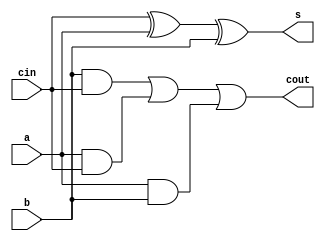
module FullAdder(a, b, cin, s, cout);
  // 3C7 LabD 2010
  // a and b are the bits to add
  // cin is carry in
  input wire a, b, cin;
  
  // s is the sum of a and b. cout is any carry out bit
  // wires since just using assign here
  output wire s, cout;

  // logic for sum and carry
  assign s = cin ^ a ^ b;
  assign cout = (b & cin) | (a & cin) | (a & b); 
  
endmodule